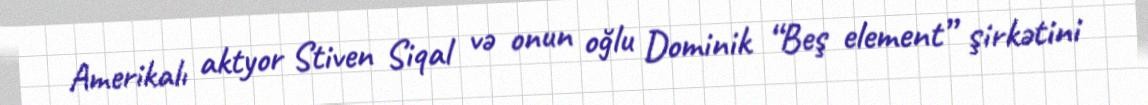
Amerikalı aktyor Stiven Siqal və onun oğlu Dominik “Beş element” şirkətini